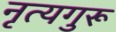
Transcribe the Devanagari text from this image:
नृत्यगुरू